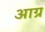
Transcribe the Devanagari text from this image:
आग्र